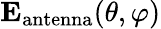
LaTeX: {\mathbf{E}_{\mathrm{antenna}}(\theta,\varphi)}